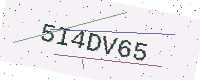
Text: 5I4DV65